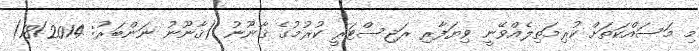
މި މަސައްކަތަށް ކުރިމަތިލެއްވޭނީ ވިޔަފާރި ރަޖިސްޓަރީ ކުރުމުގެ ޤާނޫނު (ޤާނޫނު ނަންބަރު: 18/2014)